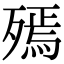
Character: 𣩙